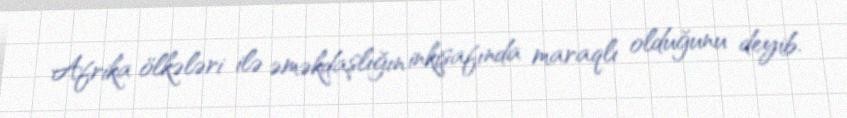
Afrika ölkələri ilə əməkdaşlığın inkişafında maraqlı olduğunu deyib.